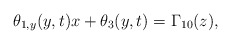
\begin{align*}\theta_{1,y}(y,t)x+\theta_{3}(y,t)=\Gamma_{10}(z), \end{align*}